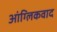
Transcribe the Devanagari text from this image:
आंग्लिकवाद